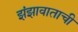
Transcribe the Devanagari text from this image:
झंझावाताची